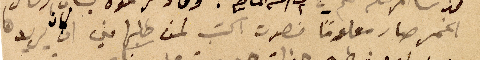
الخمر صار معلوماً فصرت اكتب لمن طلبها مني ان كان يريدها